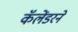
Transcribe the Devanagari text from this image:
कॅलेंडरने